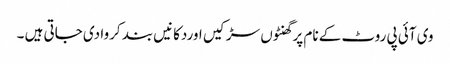
وی آئی پی روٹ کے نام پر گھنٹوں سڑکیں اوردکانیں بند کروا دی جاتی ہیں ۔